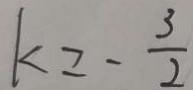
k = - \frac { 3 } { 2 }